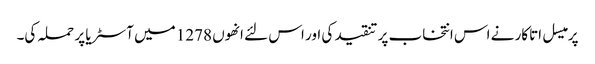
پرمیسل اتاکار نے اس انتخاب پر تنقید کی اور اس لئے انھوں 1278 میں آسٹریا پر حملہ کی۔